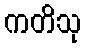
ကတိသု